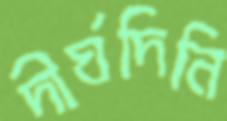
দীর্ঘদিনি